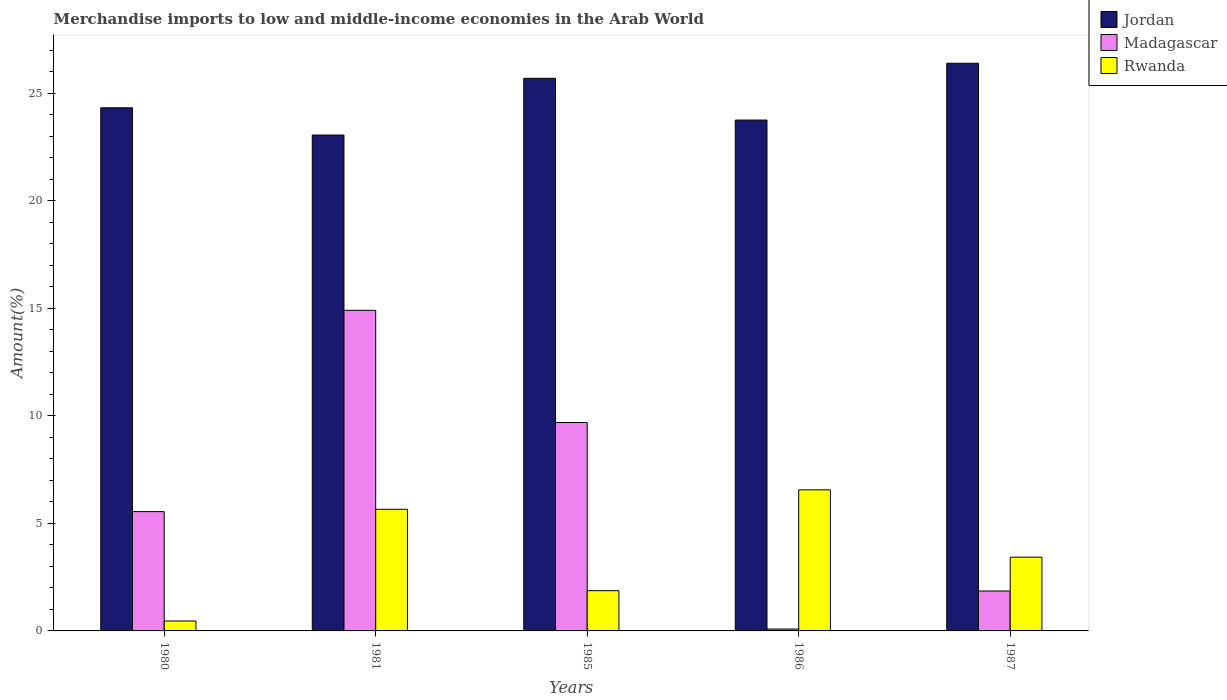
| Years | Jordan | Madagascar | Rwanda |
 | --- | --- | --- | --- |
 | 1980 | 24.3 | 5.55 | 0.462 |
 | 1981 | 23.1 | 14.9 | 5.66 |
 | 1985 | 25.7 | 9.69 | 1.87 |
 | 1986 | 23.8 | 0.0876 | 6.56 |
 | 1987 | 26.4 | 1.86 | 3.43 |